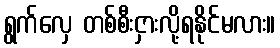
ရွက်လှေ တစ်စီးငှားလို့ရနိုင်မလား။